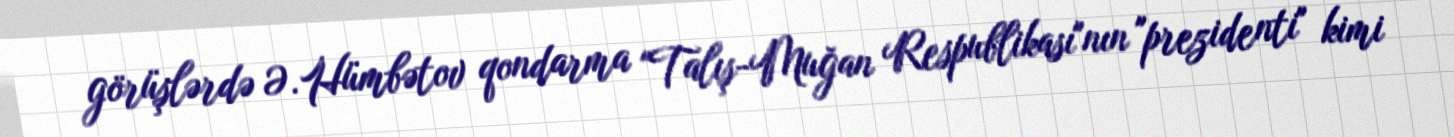
görüşlərdə Ə.Hümbətov qondarma "Talış-Muğan Respublikası"nın "prezidenti" kimi